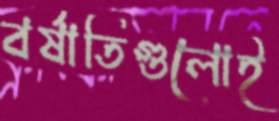
বর্ষাতিগুলোই